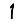
Digit: 1